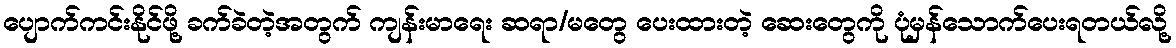
ပျောက်ကင်းနိုင်ဖို့ ခက်ခဲတဲ့အတွက် ကျန်းမာရေး ဆရာ/မတွေ ပေးထားတဲ့ ဆေးတွေကို ပုံမှန်သောက်ပေးရတယ်လို့